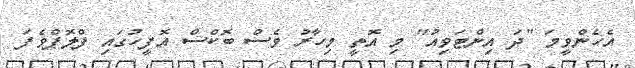
އެހެންވީމަ "ދަ އިންޓަވިއު" މި އޮތީ މިހާރު ވެސް ބޮކްސް އޮފީހުގައި ފްލޮޕްވެފަ